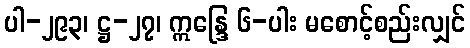
ပါ-၂၉၃၊ ဋ္ဌ-၂၇၊ ဣန္ဒြေ ၆-ပါး မစောင့်စည်းလျှင်